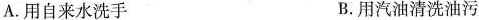
A.用自来水洗手 B.用汽油清洗油污